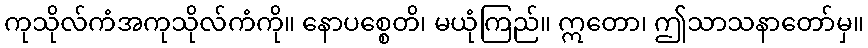
ကုသိုလ်ကံအကုသိုလ်ကံကို။ နောပစ္စေတိ၊ မယုံကြည်။ ဣတော၊ ဤသာသနာတော်မှ။